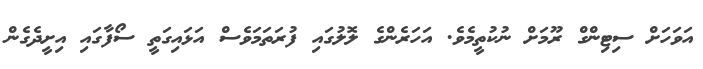
އަވަހަށް ސިޓިންގް ރޫމަށް ނުކުތީމެވެ. އަހަރެންގެ ލޮލުގައި ފުރަތަމަވެސް އަޅައިގަތީ ސޯފާގައި އިށީދެގެން